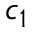
c _ { 1 }